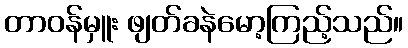
တာဝန်မှူး ဖျတ်ခနဲမော့ကြည့်သည်။